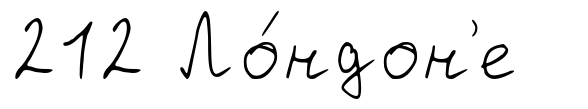
212 Ло́ндон'е